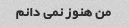
من هنوز نمی دانم